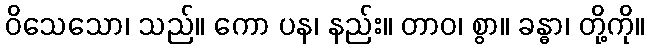
ဝိသေသော၊ သည်။ ကော ပန၊ နည်း။ တာဝ၊ စွာ။ ခန္ဓာ၊ တို့ကို။